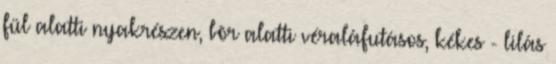
fül alatti nyakrészen, bõr alatti véraláfutásos, kékes - lilás